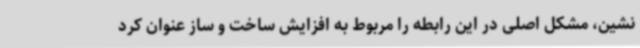
نشین، مشکل اصلی در این رابطه را مربوط به افزایش ساخت و ساز عنوان کرد